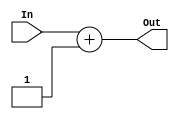
module Increment_Unit(
    input [31:0] In,
    output reg [31:0] Out
);

    always @(In) begin
        Out <= In + 1;
    end

endmodule